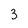
Character: 3